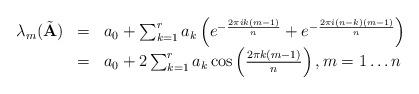
LaTeX: \begin{align*}\begin{array}{ccl}\lambda_m(\tilde{\mathbf A})&=& a_0+\sum_{k=1}^r a_k\left(e^{-\frac{2\pi ik(m-1)} {n}} + e^{-\frac{2\pi i(n-k)(m-1)}{n}}\right) \\& = & a_0 + 2\sum_{k=1}^r a_k\cos\left(\frac{2\pi k(m-1)}{n}\right), m=1\ldots n\end{array}\end{align*}